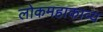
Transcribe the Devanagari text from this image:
लोकमहाकाव्य